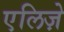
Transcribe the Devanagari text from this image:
एलिज़े